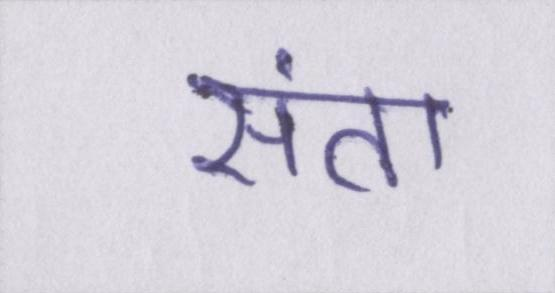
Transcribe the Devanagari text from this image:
संता